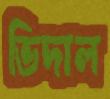
ভিদাল